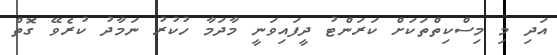
އަދި މި މިސްކިތްތަކަށް ކަރަންޓު ދީފައިވަނީ މާދަމާ ހުކުރު ނަމާދު ކުރެވޭ ގޮތް